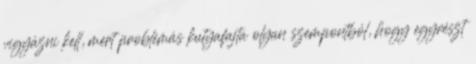
vigyázni kell, mert problémás kutyafajta olyan szempontból, hogy egyrészt